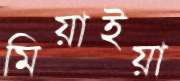
মিয়াইয়া